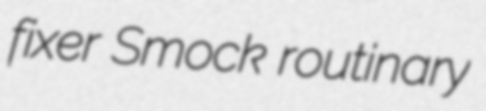
fixer Smock routinary